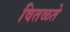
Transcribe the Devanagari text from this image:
वितळते